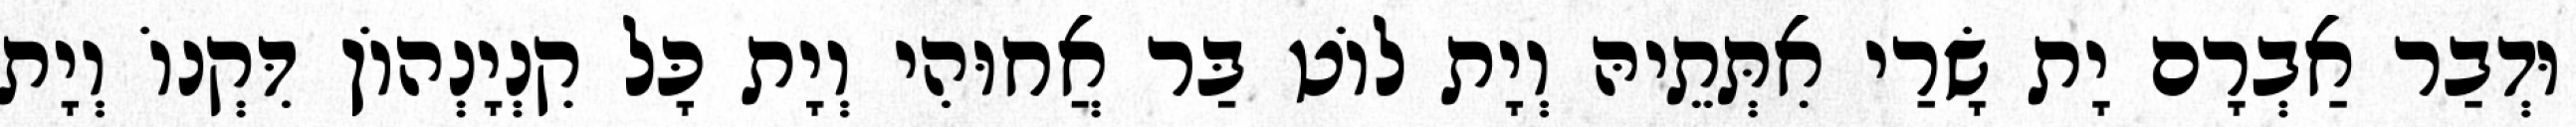
וּדְבַר אַבְרָם יָת שָׂרַי אִתְּתֵיהּ וְיָת לוֹט בַּר אֲחוּהִי וְיָת כָּל קִנְיָנְהוֹן דִּקְנוֹ וְיָת